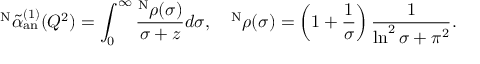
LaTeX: ^ { \mathrm { N } } \widetilde { \alpha } _ { \mathrm { a n } } ^ { ( 1 ) } ( Q ^ { 2 } ) = \int _ { 0 } ^ { \infty } \frac { ^ { \mathrm { N } } \rho ( \sigma ) } { \sigma + z } d \sigma , \quad ^ { \mathrm { N } } \rho ( \sigma ) = \left( 1 + \frac { 1 } { \sigma } \right) \frac { 1 } { \ln ^ { 2 } \sigma + \pi ^ { 2 } } .